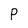
Character: P